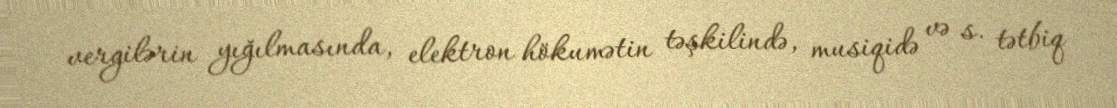
vergilərin yığılmasında, elektron hökumətin təşkilində, musiqidə və s. tətbiq